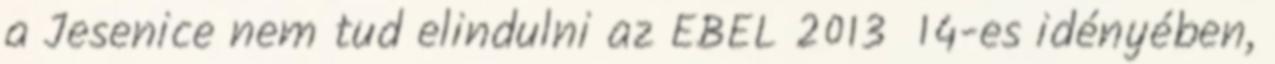
a Jesenice nem tud elindulni az EBEL 2013 14-es idényében,